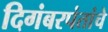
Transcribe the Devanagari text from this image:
दिगंबरपंतांचे